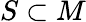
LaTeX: S\subset M